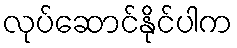
လုပ်ဆောင်နိုင်ပါက